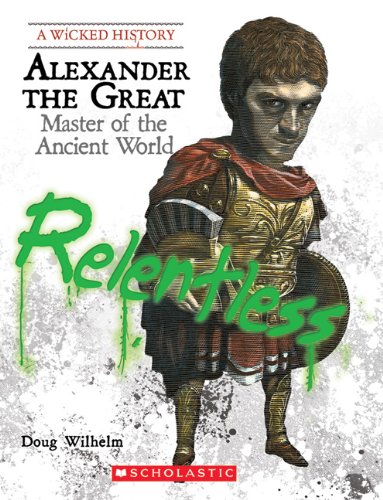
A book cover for Alexander the Great: Master of the Ancient World (Wicked History); Doug Wilhelm; Teen & Young Adult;